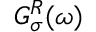
G _ { \sigma } ^ { R } ( \omega )